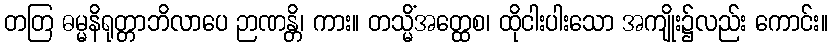
တတြ ဓမ္မနိရုတ္တာဘိလာပေ ဉာဏန္တိ၊ ကား။ တသ္မိံအတ္ထေစ၊ ထိုငါးပါးသော အကျိုး၌လည်း ကောင်း။